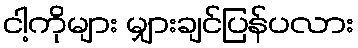
ငါ့ကိုများ မျှားချင်ပြန်ပလား